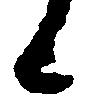
候